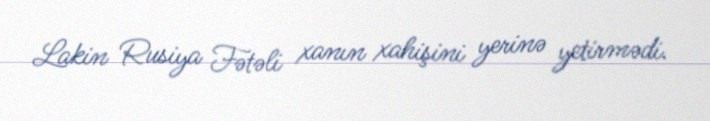
Lakin Rusiya Fətəli xanın xahişini yerinə yetirmədi.